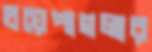
চয়েপাগলার